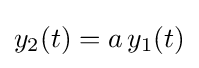
y_{2}(t)=a\,y_{1}(t)